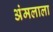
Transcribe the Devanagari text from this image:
अंमलाला